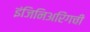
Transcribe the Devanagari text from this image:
इंजिनिअरिंगची